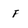
Character: F